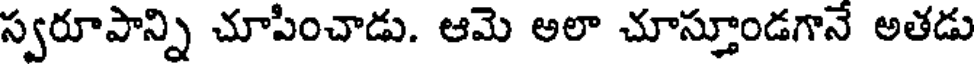
స్వరూపాన్ని చూపించాడు. ఆమె అలా చూస్తూండగానే అతడు